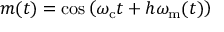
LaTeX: m ( t ) = \cos \left( \omega _ { \mathrm { c } } t + h \omega _ { \mathrm { m } } ( t ) \right)